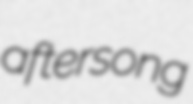
aftersong